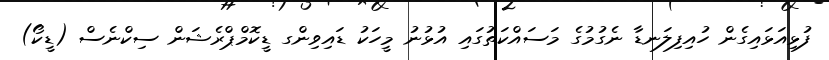
ފުޅިއަޅައިގެން ހުއިފިލަނޑާ ނެގުމުގެ މަސައްކަތުގައި އުޅުނު މީހަކު ޑައިވިންގ ޑީކޮމްޕްރެޝަން ސިކްނެސް (ޑީކޯ)